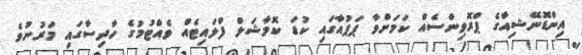
އިންޑޮނޭޝިއާގެ ޕްރޮވިންސެއް ކަމަށްވާ ޕަޕުއާގައި ކުޑަ ކޮމާޝަލް ފްލައިޓެއް ވެއްޓުމުގެ ހާދިސާގައި މަރުނުވެ